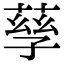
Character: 孳